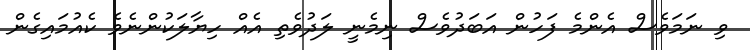
ވި ނަމަވެސް އެންމެ ފަހުން އަބަދުވެސް ނިމެނީ ލަދުވެތި އެއް ހިޔާލަކުންނެވެ ކެއުމައިގެން